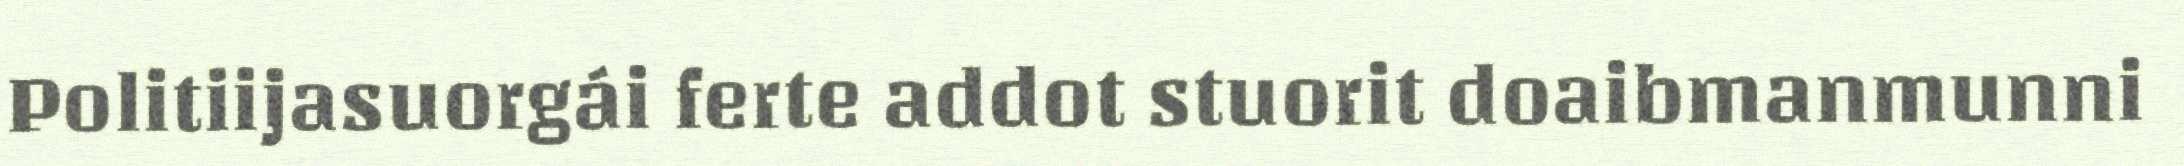
Politiijasuorgái ferte addot stuorit doaibmanmunni